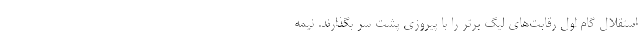
استقلال گام اول رقابت‌های لیگ برتر را با پیروزی پشت سر بگذارند. نیمه